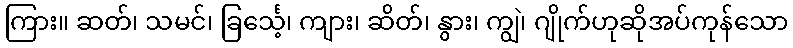
ကြား။ ဆတ်၊ သမင်၊ ခြင်္သေ့၊ ကျား၊ ဆိတ်၊ နွား၊ ကျွဲ၊ ဂျိုက်ဟုဆိုအပ်ကုန်သော